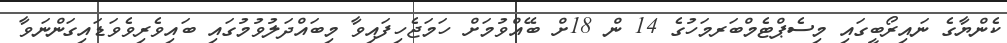
ކެންޔާގެ ނައިރޯބީގައި މިސެޕްޓެމްބަރމަހުގެ 14 ން 18ށް ބޭއްވުމަށް ހަމަޖެހިފައިވާ މިބައްދަލުވުމުގައި ބައިވެރިވެވަޑައިގަންނަވާ